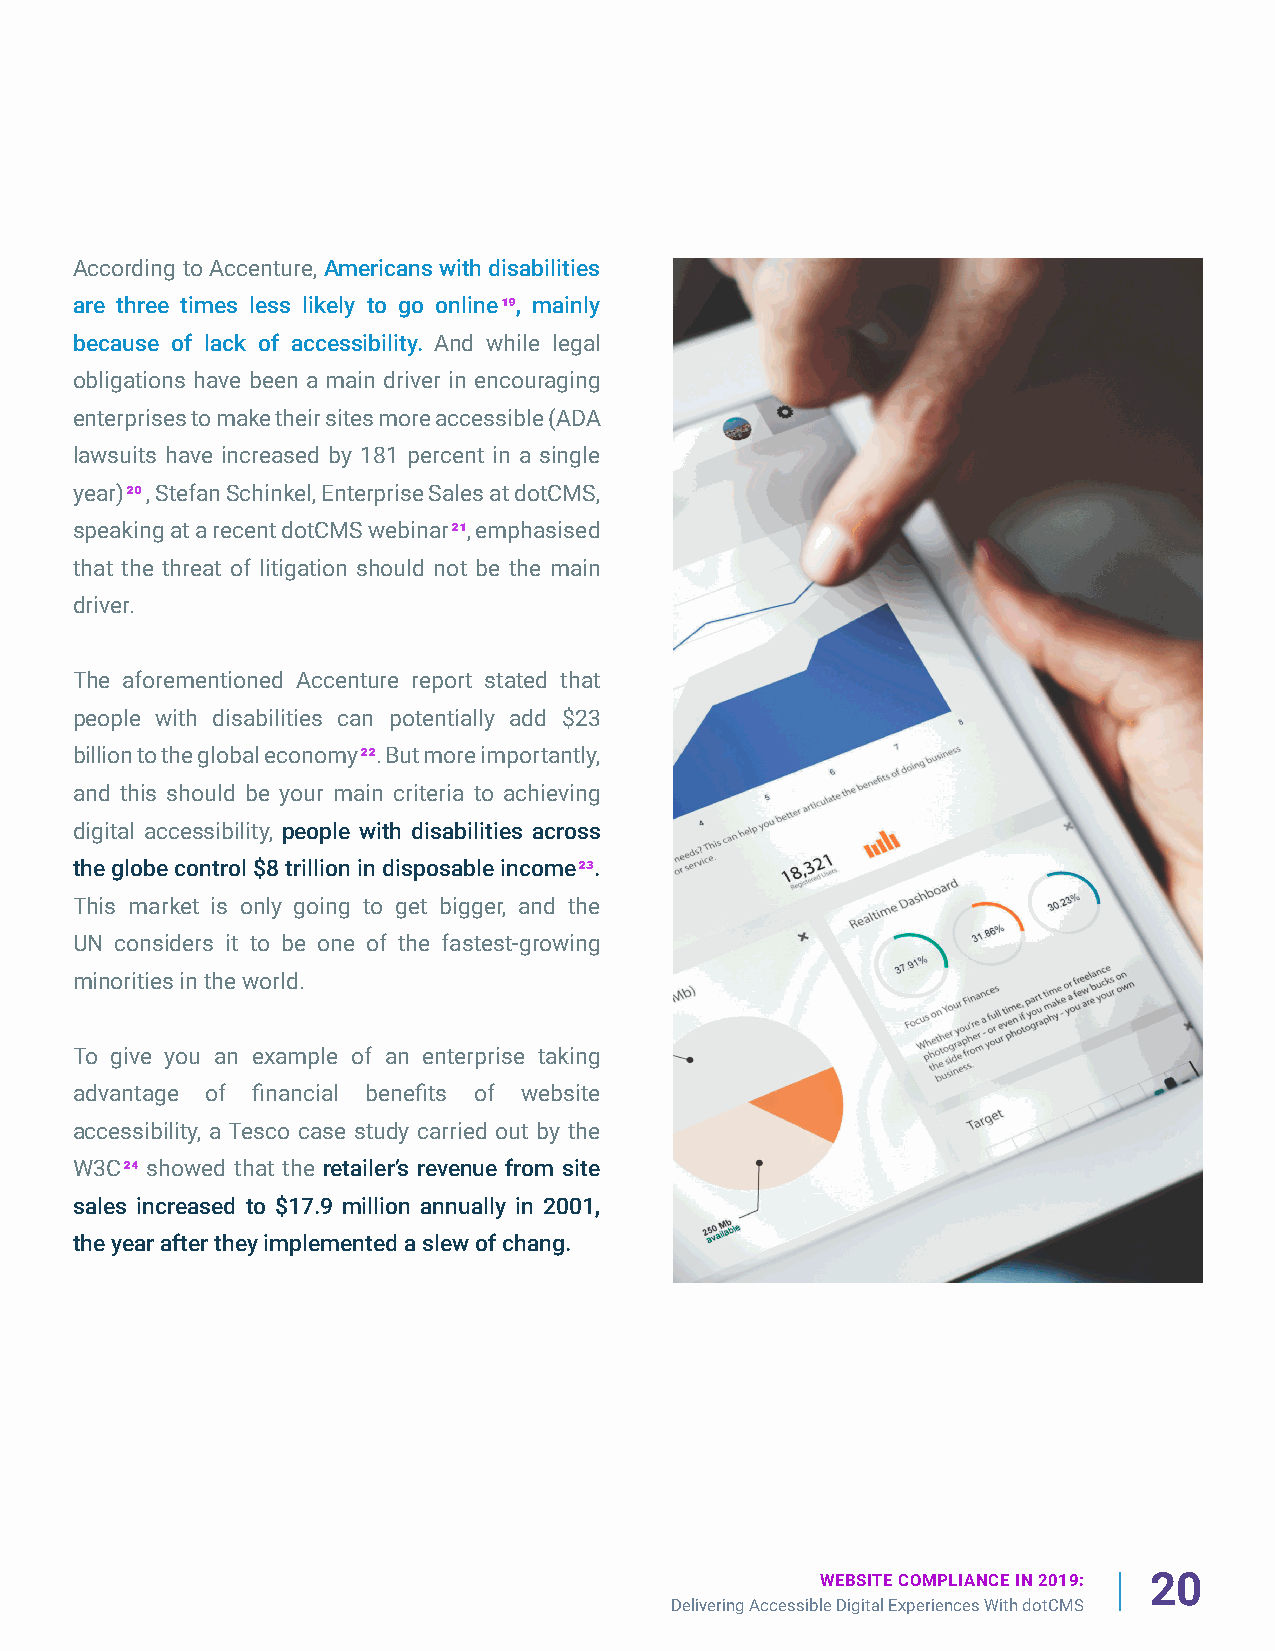
According to Accenture, Americans with disabilities
 are three times less likely to go online19, mainly
 because of lack of accessibility. And while legal
 obligations have been a main driver in encouraging
 enterprises to make their sites more accessible (ADA
 lawsuits have increased by 181 percent in a single
 year)20 , Stefan Schinkel, Enterprise Sales at dotCMS,
 speaking at a recent dotCMS webinar21, emphasised
 that the threat of litigation should not be the main
 driver.
 The aforementioned Accenture report stated that
 people with disabilities can potentially add $23
 billion to the global economy22. But more importantly,
 and this should be your main criteria to achieving
 digital accessibility, people with disabilities across
 the globe control $8 trillion in disposable income23.
 This market is only going to get bigger, and the
 UN considers it to be one of the fastest-growing
 minorities in the world.
 To give you an example of an enterprise taking
 advantage of financial benefits of website
 accessibility, a Tesco case study carried out by the
 W3C24 showed that the retailer’s revenue from site
 sales increased to $17.9 million annually in 2001,
 the year after they implemented a slew of chang.
 WEBSITE COMPLIANCE IN 2019: 20
 Delivering Accessible Digital Experiences With dotCMS